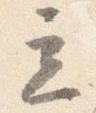
立